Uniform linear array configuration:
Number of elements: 8
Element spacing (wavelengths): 0.5
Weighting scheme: exponential
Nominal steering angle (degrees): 30
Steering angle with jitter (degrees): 30.838
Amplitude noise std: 0.05
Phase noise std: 0.05

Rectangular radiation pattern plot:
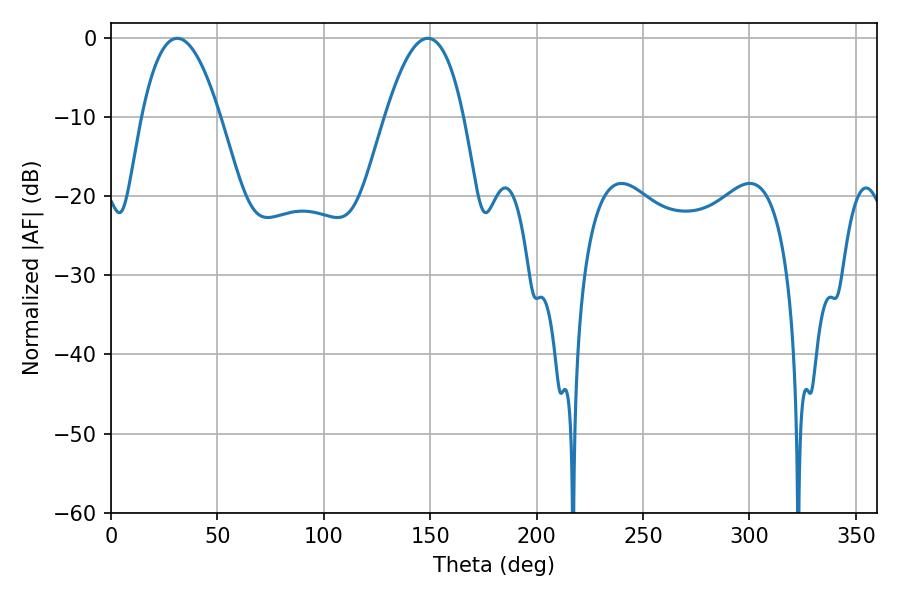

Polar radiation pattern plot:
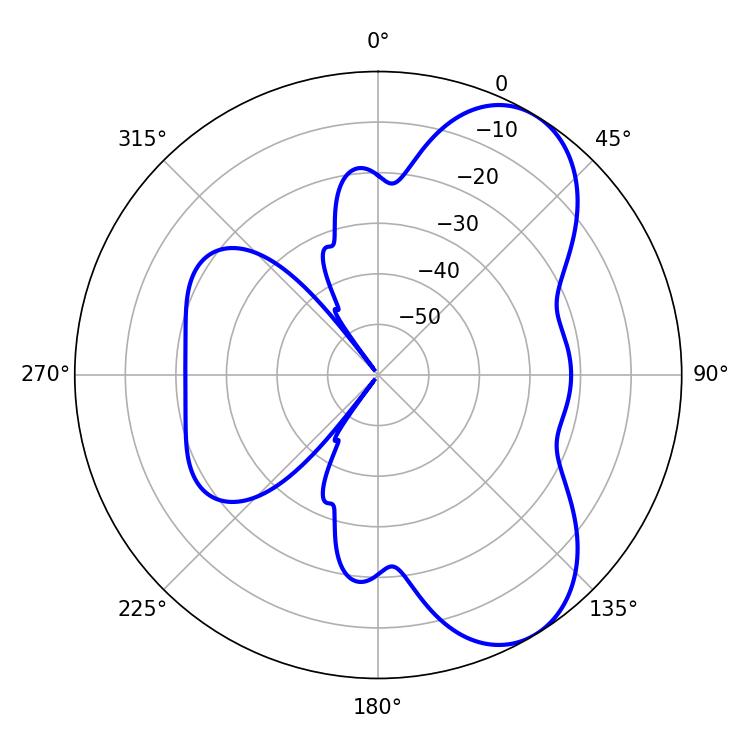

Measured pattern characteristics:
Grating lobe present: FALSE
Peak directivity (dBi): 7.058
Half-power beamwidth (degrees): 20.16
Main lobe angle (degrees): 31.14